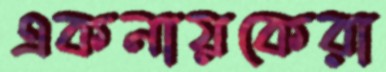
একনায়কেরা